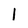
Character: 1